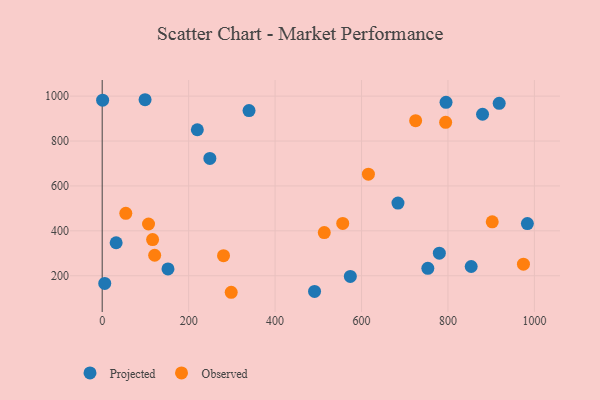
{"axis": {"x": "Study Hours", "y": "Exam Score"}, "legend": ["Observed", "Projected"], "data": [{"x": "220.1", "y": 850.2, "type": "Projected"}, {"x": "339.7", "y": 935.5, "type": "Projected"}, {"x": "684.3", "y": 523.6, "type": "Projected"}, {"x": "983.7", "y": 432.6, "type": "Projected"}, {"x": "32.3", "y": 347.0, "type": "Projected"}, {"x": "753.4", "y": 232.9, "type": "Projected"}, {"x": "249.1", "y": 722.5, "type": "Projected"}, {"x": "853.7", "y": 241.2, "type": "Projected"}, {"x": "1.0", "y": 981.8, "type": "Projected"}, {"x": "5.9", "y": 166.0, "type": "Projected"}, {"x": "574.1", "y": 197.1, "type": "Projected"}, {"x": "780.0", "y": 300.6, "type": "Projected"}, {"x": "491.3", "y": 130.4, "type": "Projected"}, {"x": "99.2", "y": 984.0, "type": "Projected"}, {"x": "880.0", "y": 919.2, "type": "Projected"}, {"x": "795.5", "y": 972.4, "type": "Projected"}, {"x": "152.2", "y": 230.5, "type": "Projected"}, {"x": "918.5", "y": 967.8, "type": "Projected"}, {"x": "116.6", "y": 361.1, "type": "Observed"}, {"x": "902.4", "y": 440.2, "type": "Observed"}, {"x": "556.5", "y": 433.1, "type": "Observed"}, {"x": "54.6", "y": 478.1, "type": "Observed"}, {"x": "615.9", "y": 652.4, "type": "Observed"}, {"x": "974.6", "y": 251.7, "type": "Observed"}, {"x": "280.7", "y": 289.5, "type": "Observed"}, {"x": "513.8", "y": 392.3, "type": "Observed"}, {"x": "794.6", "y": 883.2, "type": "Observed"}, {"x": "725.2", "y": 890.6, "type": "Observed"}, {"x": "298.5", "y": 126.4, "type": "Observed"}, {"x": "121.4", "y": 291.4, "type": "Observed"}, {"x": "107.2", "y": 430.6, "type": "Observed"}]}